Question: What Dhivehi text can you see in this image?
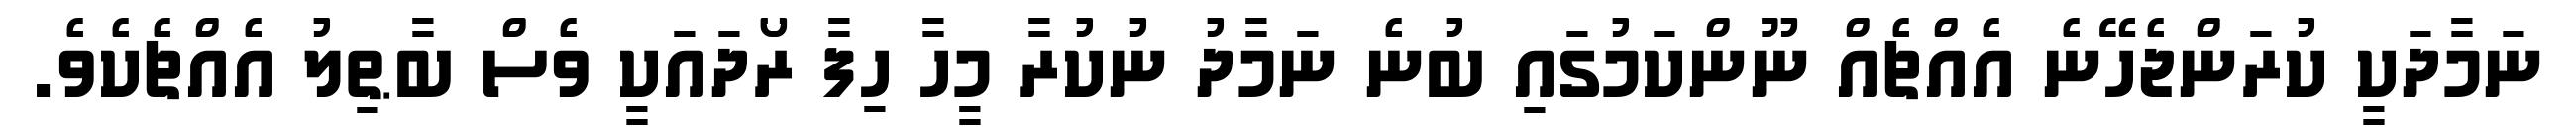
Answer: ނަމާދަކީ ކުރަންޖެހޭނެ އެއްޗެއް ނޫންކަމުގައި ބުނެ ނަމާދު ނުކުރާ މީހާ ހިފާ ރޯދައަކީ ވެސް ބާޠިލު އެއްޗެކެވެ.